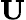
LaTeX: \mathbf{U}